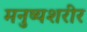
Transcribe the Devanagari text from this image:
मनुष्यशरीर